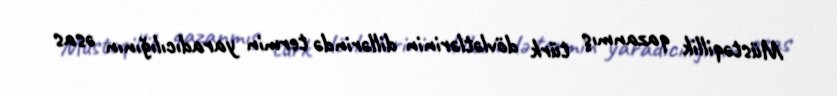
Müstəqillik qazanmış türk dövlətlərinin dillərində termin yaradıcılığının əsas